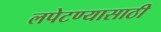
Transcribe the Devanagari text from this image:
लपेटण्यासाठी